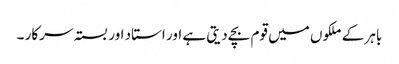
باہر کے ملکوں میں قوم بچے دیتی ہے اور استاد اور بستہ سرکار ۔